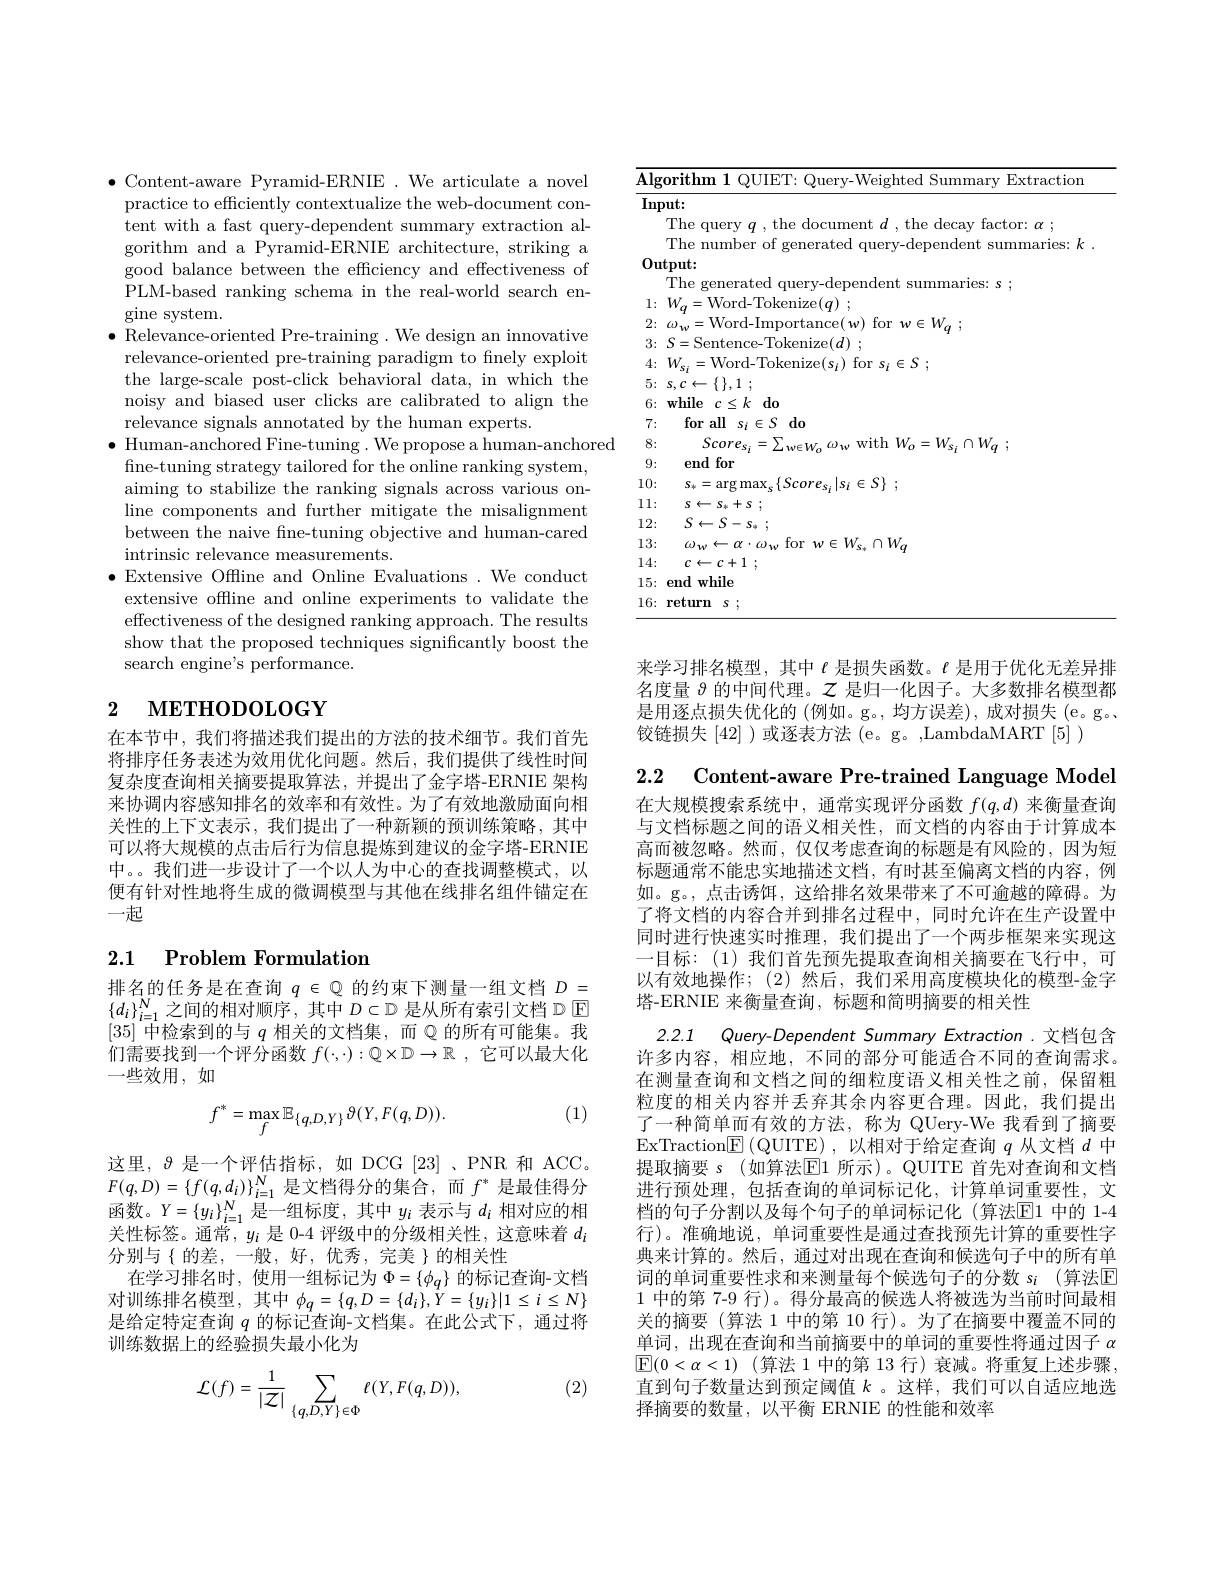
$\bullet$ Content-aware Pyramid-ERNIE .We articulate a novel practice to efficiently contextualize the web-document content with a fast query-dependent summary extraction algorithm and a Pyramid-ERNIE architecture, striking a good balance between the efficiency and effectiveness of PLM-based ranking schema in the real-world search engine system.
$\bullet$ Relevance-oriented Pre-training .We design an innovative relevance-oriented pre-training paradigm to fnely exploit the large-scale post-click behavioral data, in which the noisy and biased user clicks are calibrated to align the relevance signals annotated by the human experts.
$\bullet$ Human-anchored Fine-tuning. We propose a human-anchored
fine-tuning strategy tailored for the online ranking system, aiming to stabilize the ranking signals across various online components and further mitigate the misalignment between the naive fne-tuning objective and human-cared intrinsic relevance measurements.
$\bullet$ Extensive Offline and Online Evaluations. We conduct extensive offline and online experiments to validate the effectiveness of the designed ranking approach. The results show that the proposed techniques significantly boost the search engine's performance.

# 2 METHODOLOGY

在本节中，我们将描述我们提出的方法的技术细节。我们首先将排序任务表述为效用优化问题。然后，我们提供了线性时间复杂度查询相关摘要提取算法，并提出了金字塔-ERNIE 架构来协调内容感知排名的效率和有效性。为了有效地激励面向相关性的上下文表示，我们提出了一种新颖的预训练策略，其中可以将大规模的点击后行为信息提炼到建议的金字塔-ERNIE 中。。我们进一步设计了一个以人为中心的查找调整模式，以便有针对性地将生成的微调模型与其他在线排名组件锚定在一起

### 2.1 Problem Formulation

排名的任务是在查询$q\in\mathbb{Q}$的约束下测量一组文档$D=$ $\{d_i\}_{i=1}^N$之间的相对顺序，其中$D\subset\mathbb{D}$ 是从所有索引文档 D E [35]中检索到的与$q$相关的文档集，而$\mathbb{Q}$的所有可能集。我们需要找到一个评分函数$f( \cdot , \cdot ) : \mathbb{Q} \times \mathbb{D} \to \mathbb{R}$ ,它可以最大化$—$些效用，如

(1)
$$f^*=\max_f\mathbb{E}_{\{q,D,Y\}}\vartheta(Y,F(q,D)).$$
这里，$\vartheta$是一个评估指标，如 DCG [23] 、PNR 和 ACC。$F(q,D)=\{f(q,d_i)\}_{i=1}^N$是文档得分的集合，而$f^*$是最佳得分函数。$Y=\{y_i\}_{i=1}^N$是一组标度，其中$y_i$表示与$d_i$相对应的相关性标签。通常，$y_i$是 0-4 评级中的分级相关性，这意味着$d_i$ 分别与{的差，一般，好，优秀，完美}的相关性
在学习排名时，使用一组标记为$\Phi=\{\phi_q\}$的标记查询-文档对 训 练 排 名 模 型 , 其 中 $\phi _{q}= \{ q, D= \{ d_{i}\} , \hat{Y} = \{ y_{i}\} | 1\leq i\leq N\}$ 是 给 定 特 定 查 询 $q$ 的 标 记 查 询 - 文 档 集 。在 此 公 式 下 , 通 过 将训练数据上的经验损失最小化为

(2)
$$\mathcal{L}(f)=\frac{1}{|\mathcal{Z}|}\sum_{\{q,D,Y\}\in\Phi}\ell(Y,F(q,D)),$$
<table>
	<tbody>
		<tr>
			<th>$\overline{\mathbf{Alg}}$</th>
			<th>orithm $OUH_{i}^{\prime}$ Extractiom</th>
		</tr>
		<tr>
			<td>InF</td>
			<td>$put:$</td>
		</tr>
		<tr>
			<td> </td>
			<td>$Tr$</td>
		</tr>
		<tr>
			<td> </td>
			<td>$hp$ mimber 11100.</td>
		</tr>
		<tr>
			<td>0. $u$</td>
			<td>$\mathbf{utput:}$</td>
		</tr>
		<tr>
			<td> </td>
			<td>The E snerate</td>
		</tr>
		<tr>
			<td>1: 1</td>
			<td>$W_{a}=$Word-Tokenize$(q)$</td>
		</tr>
		<tr>
			<td>2:</td>
			<td>- LMa $W$ 147</td>
		</tr>
		<tr>
			<td>3:</td>
			<td>$\mathbf{C}-\mathbf{C}$ $Va$ $^{\prime}\|_{\mathrm{n}}$ $o(d)$</td>
		</tr>
		<tr>
			<td>4:</td>
			<td>$W$ $=Wo$ $\in S:$</td>
		</tr>
		<tr>
			<td>5:</td>
			<td>$\because\int_{0}^{\infty}$</td>
		</tr>
		<tr>
			<td>6:</td>
			<td>$\mathbf{while}$ $c\leq k$do</td>
		</tr>
		<tr>
			<td>7:</td>
			<td>$\textbf{for all}$ $s_{i}\in S$ 3 $do$</td>
		</tr>
		<tr>
			<td>8:</td>
			<td>Scores rith $\frac{1}{2}=\frac{1}{2}=\frac{1}{2}$ $W$ · $W.$ $\Omega W.$</td>
		</tr>
		<tr>
			<td>9:</td>
			<td>end $\mid$for</td>
		</tr>
		<tr>
			<td>10:</td>
			<td>$\mathbb{C}\{$ $S_{k}$ AT</td>
		</tr>
		<tr>
			<td>11: $\frac{1}{2}=\frac{1}{2}=\frac{1}{2}$ $\frac{1}{2}=\frac{1}{2}=\frac{1}{2}$ $\frac{1}{2}=\frac{1}{2}=\frac{1}{2}$ $\frac{1}{2}=\frac{1}{2}=\frac{1}{2}$ $\frac{1}{2}=\frac{1}{2}=\frac{1}{2}$ </td>
			<td>S $S_{4}$ -4 $1,C$</td>
		</tr>
		<tr>
			<td>12:</td>
			<td>$S\leftarrow S$ - $S_{u}$</td>
		</tr>
		<tr>
			<td>13:</td>
			<td>$W_{s_{*}}\cap W_{o}$ $\omega_{w}$ tor F</td>
		</tr>
		<tr>
			<td>14:</td>
			<td>$c\leftarrow c+1$</td>
		</tr>
		<tr>
			<td>15:</td>
			<td>end while</td>
		</tr>
		<tr>
			<td>16:</td>
			<td>return S</td>
		</tr>
	</tbody>
</table>

来学习排名模型，其中$\ell$是损失函数。$\ell$是用于优化无差异排名度量$\vartheta$的中间代理。$\mathcal{Z}$是归一化因子。大多数排名模型都是用逐点损失优化的 (例如。g。,均方误差),成对损失 (e。g。铰链损失[42] )或逐表方法 (e。g。,LambdaMART [5] )

2.2 Content-aware Pre-trained Language Model 在大规模搜索系统中，通常实现评分函数$f(q,d)$来衡量查询与文档标题之间的语义相关性，而文档的内容由于计算成本高而被忽略。然而，仅仅考虑查询的标题是有风险的，因为短标题通常不能忠实地描述文档，有时甚至偏离文档的内容，例如。g。, 点击诱饵，这给排名效果带来了不可逾越的障碍。为了将文档的内容合并到排名过程中，同时允许在生产设置中同时进行快速实时推理，我们提出了一个两步框架来实现这一目标：(1)我们首先预先提取查询相关摘要在飞行中，可以有效地操作；(2)然后，我们采用高度模块化的模型-金字塔-ERNIE 来衡量查询，标题和简明摘要的相关性
2.2.1 Query-Dependent Summary Extraction .文档包含许多内容，相应地，不同的部分可能适合不同的查询需求。在测量查询和文档之间的细粒度语义相关性之前，保留粗粒度的相关内容并丢弃其余内容更合理。因此，我们提出了一种简单而有效的方法，称为 QUery-We 我看到了摘要ExTraction$\boxed{\mathrm{E}}\left(\mathrm{QUITE}\right)$,以相对于给定查询$q$从文档$d$中提取摘要 s (如算法$\mathbb{E}1$ 所示)。QUITE 首先对查询和文档进行预处理，包括查询的单词标记化，计算单词重要性，文档的句子分割以及每个句子的单词标记化 (算法$\overline{\mathrm{E}}$1 中的 1-4行)。准确地说，单词重要性是通过查找预先计算的重要性字典来计算的。然后，通过对出现在查询和候选句子中的所有单词的单词重要性求和来测量每个候选句子的分数 si (算法$\mathbb{E}$ 1 中的第 7-9 行)。得分最高的候选人将被选为当前时间最相关的摘要 (算法 1 中的第 10 行)。为了在摘要中覆盖不同的单词，出现在查询和当前摘要中的单词的重要性将通过因子$\alpha$ $\boxed{\mathbb{E} }( 0< \alpha < 1)$ (算法 1 中的第 13 行) 衰减。将重复上述步骤， 直到句子数量达到预定阈值$k$ 。这样，我们可以自适应地选择摘要的数量，以平衡 ERNIE 的性能和效率